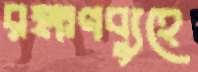
রক্ষণব্যুহে